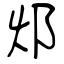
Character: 邩